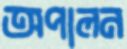
অপালন